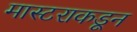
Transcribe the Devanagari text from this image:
मास्टराकडून